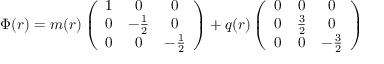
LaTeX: \Phi ( r ) = m ( r ) \left( \begin{array} { c c c } { { 1 } } & { { 0 } } & { { 0 } } \\ { { 0 } } & { { - \frac { 1 } { 2 } } } & { { 0 } } \\ { { 0 } } & { { 0 } } & { { - \frac { 1 } { 2 } } } \end{array} \right) + q ( r ) \left( \begin{array} { c c c } { { 0 } } & { { 0 } } & { { 0 } } \\ { { 0 } } & { { \frac { 3 } { 2 } } } & { { 0 } } \\ { { 0 } } & { { 0 } } & { { - \frac { 3 } { 2 } } } \end{array} \right)